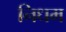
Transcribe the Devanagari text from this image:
निधम